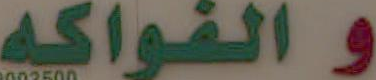
والفواكه